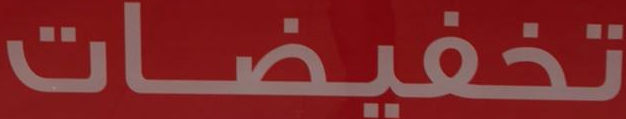
تخفيضات